V__Kingissepa_nim__kolhoos, lk 3
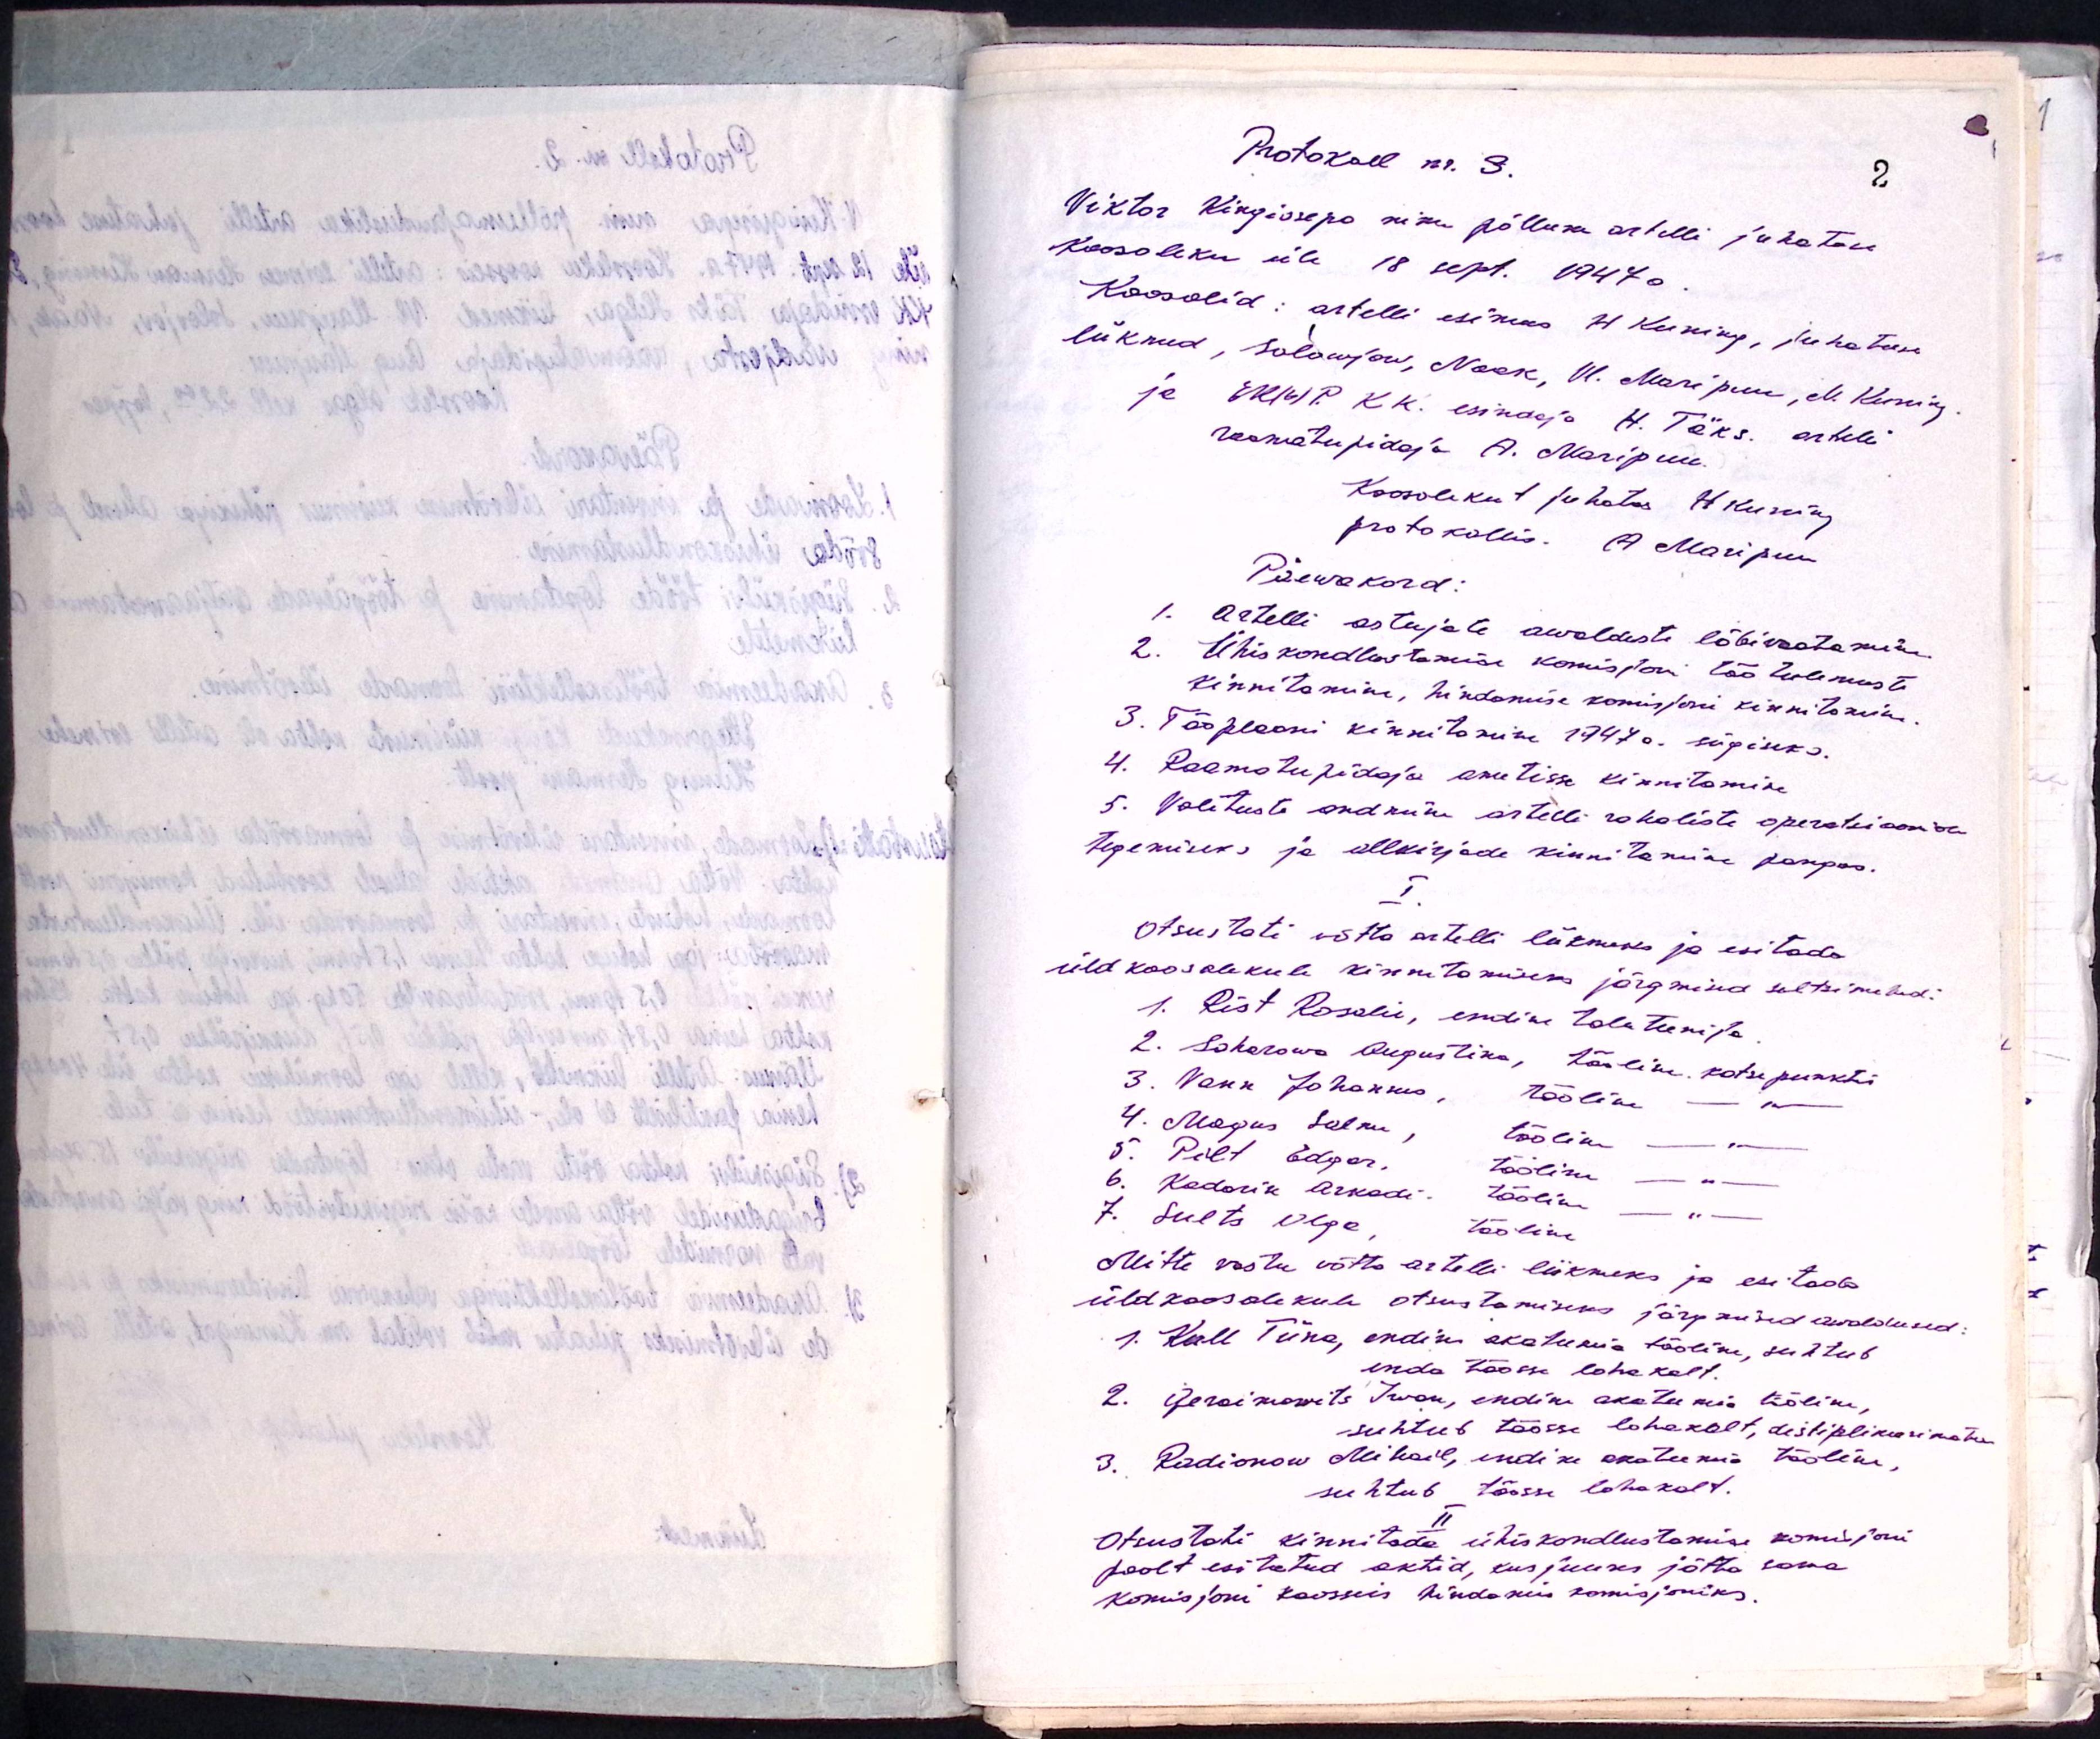
Protokoll nr. 3.
Viktor Kingissepa nim. põllum. artelli juhatuse
Koosoleku üle 18 sept. 1947 a
Koosolid: artelli esimees H Kuning, juhatuse
liikmed, Solowjew, Naak, Vl. Maripuu, M. Kuning
ja EK(b)P. KK. esindaja H. Täks. artelli
raamatupidaja A. Maripuu
Koosolekut juhatas H Kuning
protokollis. A. Maripuu
Päewakord:
1. Artelli astujate awalduste läbivaatamine
2. Ühiskondlustamise komisjoni töö tulemuste
kinnitamine, hindamise komisjoni kinnitamine
3. Tööplaani kinnitamine 1947 a. sügiseks
4. Raamatupidaja ametisse kinnitamine
5. Volituste andmine artelli rahaliste operatsioonide
tegemiseks ja allkirjade kinnitamine pangas.
I
Otsustati võtta artelli liikmeks ja esitada
üldkoosolekule kinnitamiseks järgmised seltsimehed:
1. Rist Rosalie, endine taluteenija
2. Sokerowa Augustina, tööline katsepunktis
3. Vakk Johannes, tööline -"-
4. Magus Salm, tööline
6. Kadarik Arkadi tööline
5. Pilt Edgar, tööline
7. Sults Olga, tööline
Mitte vastu võtta artelli liikmeks ja esitada
üldkoosolekule otsustamiseks järgmiseid avaldused
1. Kull Tiina, endine akateemia tööline, suhtub
enda töösse lohakalt.
2. Gersikovits Iwan, endine akateemia tööline
suhtub töösse lohakalt, distiplineerimatu
3. Radionow Mihail, endine akateemia tööline,
suhtub töösse lohakalt.
II
Otsustati kinnitada ühiskondlustamise komisjoni
poolt esitatud aktid, kus juures jätta sama
komisjoni koosseis hindamis komisjoniks.